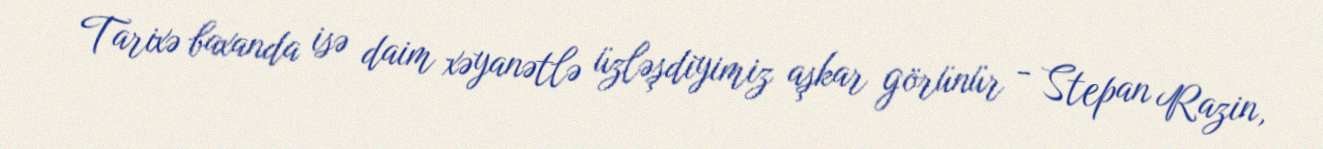
Tarixə baxanda isə daim xəyanətlə üzləşdiyimiz aşkar görünür - Stepan Razin,